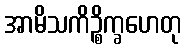
အာမိသကိဉ္စိက္ခဟေတု